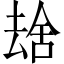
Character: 𫨮